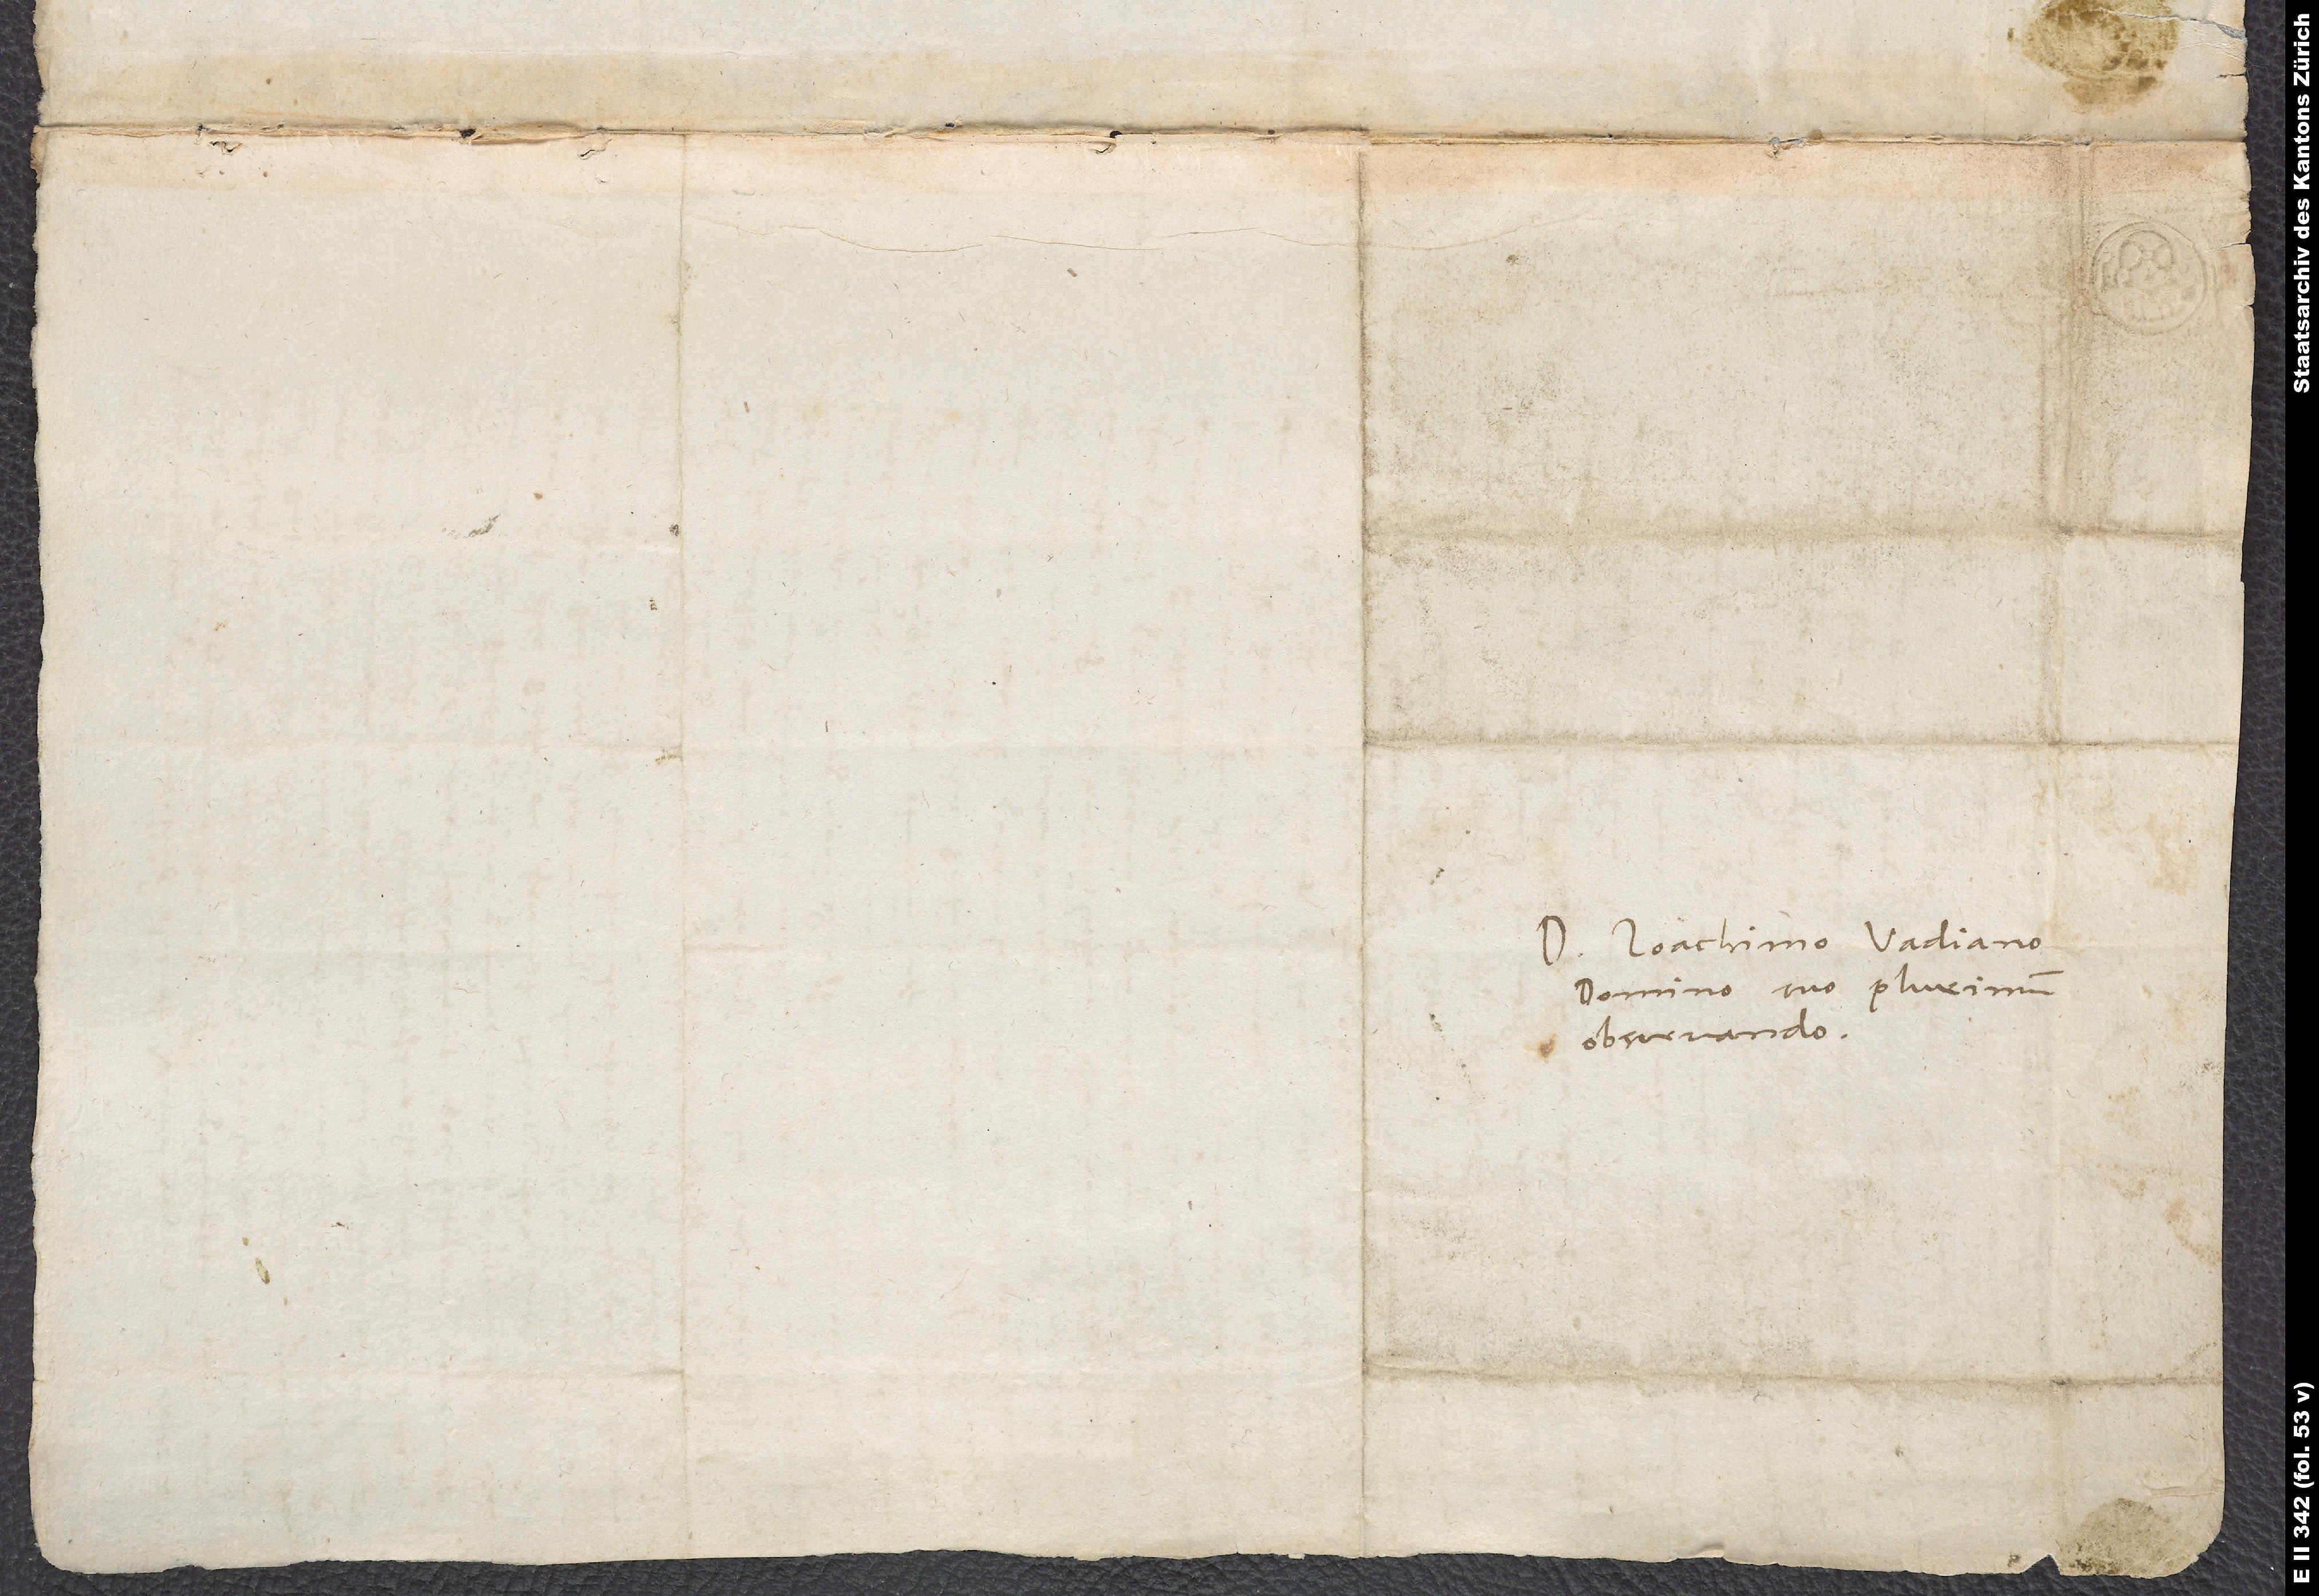
Doctori Ioachimo Vadiano,
domino suo plurimum
observando.